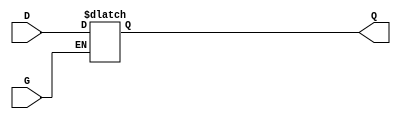
module gated_transparent_latch (
    input wire D,      // Data Input
    input wire G,      // Gate/Enable Input
    output reg Q       // Output
);

// Always block to model the behavior of the Gated Transparent Latch
always @(*) begin
    if (G) begin
        Q = D;       // When G is high, Q follows D
    end else begin
        // When G is low, Q retains its last value
        // This will be handled by the reg nature of Q
        Q = Q;       // Hold the last value of Q
    end
end

endmodule